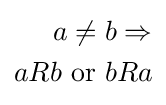
{\begin{aligned}a\neq {}&b\Rightarrow \\aRb{\text{ or }}&bRa\end{aligned}}